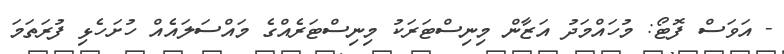
- އަވަސް ފޮޓޯ: މުހައްމަދު އަޒާން މިނިސްޓަރަކު މިނިސްޓަރެއްގެ މައްސަލައެއް ހުށަހެޅި ފުރަތަމަ